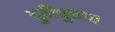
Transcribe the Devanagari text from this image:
चुडीपुणव